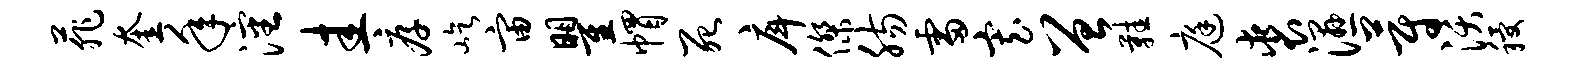
菲奎年沈圭厚屹宙瞿帽死戽杰肠雷寡曾鞋庭裘湿蔚沃稷